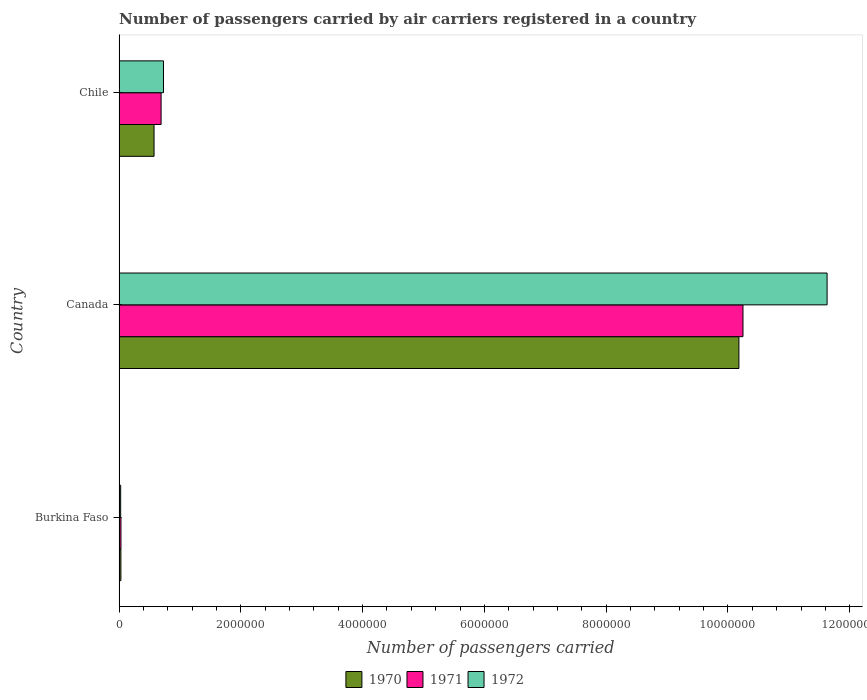
| Country | 1970 | 1971 | 1972 |
 | --- | --- | --- | --- |
 | Burkina Faso | 3.01e+04 | 3.16e+04 | 2.65e+04 |
 | Canada | 1.02e+07 | 1.02e+07 | 1.16e+07 |
 | Chile | 5.75e+05 | 6.91e+05 | 7.3e+05 |